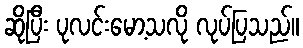
ဆိုပြီး ပုလင်းမော့သလို လုပ်ပြသည်။